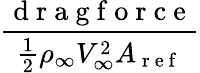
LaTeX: \frac{\mathrm{~d~r~a~g~f~o~r~c~e~}}{\frac 12\rho_{\infty}V_{\infty}^{2}A_{\mathrm{~r~e~f~}}}